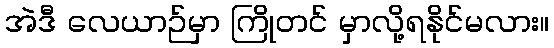
အဲဒီ လေယာဉ်မှာ ကြိုတင် မှာလို့ရနိုင်မလား။